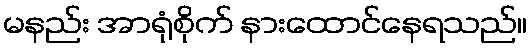
မနည်း အာရုံစိုက် နားထောင်နေရသည်။